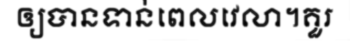
ឲ្យបានទាន់ពេលវេលា។គួរ